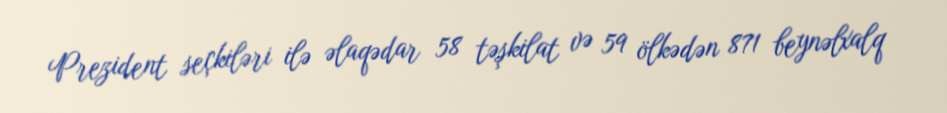
Prezident seçkiləri ilə əlaqədar 58 təşkilat və 59 ölkədən 871 beynəlxalq